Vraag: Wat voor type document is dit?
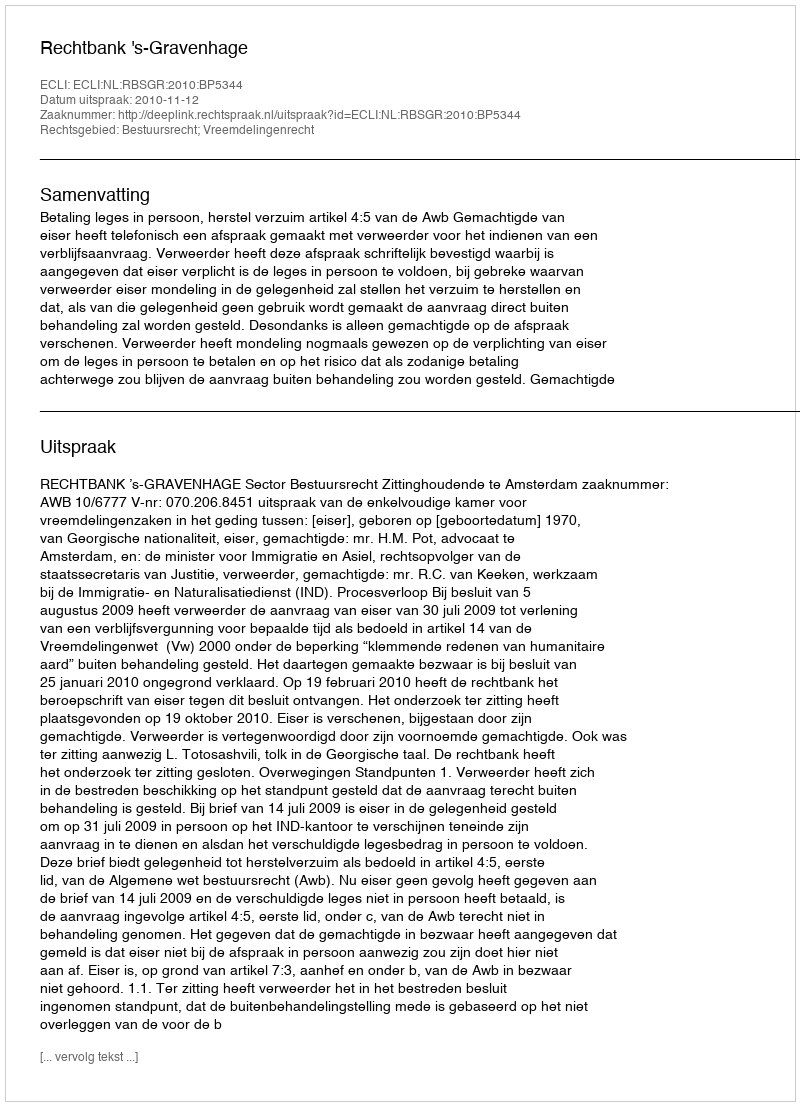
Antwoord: Uitspraak